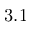
3 . 1